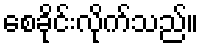
စေခိုင်းလိုက်သည်။